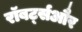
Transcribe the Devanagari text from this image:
रॉबर्ट्सऔर